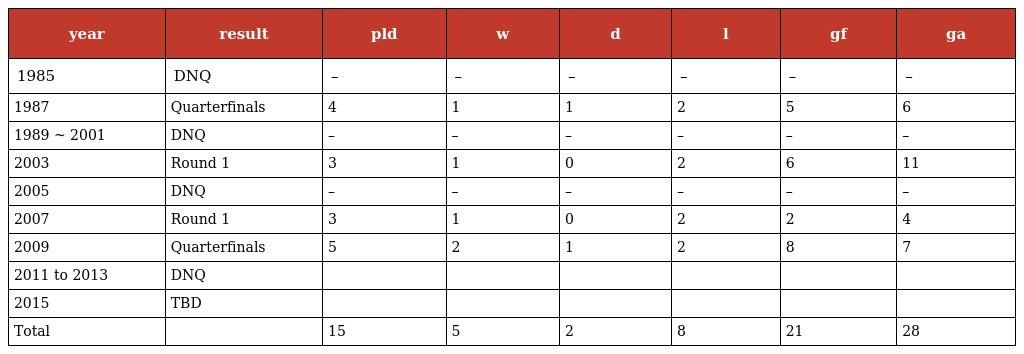
| year | result | pld | w | d | l | gf | ga |
 | --- | --- | --- | --- | --- | --- | --- | --- |
 | 1985 | DNQ | – | – | – | – | – | – |
 | 1987 | Quarterfinals | 4 | 1 | 1 | 2 | 5 | 6 |
 | 1989 ~ 2001 | DNQ | – | – | – | – | – | – |
 | 2003 | Round 1 | 3 | 1 | 0 | 2 | 6 | 11 |
 | 2005 | DNQ | – | – | – | – | – | – |
 | 2007 | Round 1 | 3 | 1 | 0 | 2 | 2 | 4 |
 | 2009 | Quarterfinals | 5 | 2 | 1 | 2 | 8 | 7 |
 | 2011 to 2013 | DNQ |  |  |  |  |  |  |
 | 2015 | TBD |  |  |  |  |  |  |
 | Total |  | 15 | 5 | 2 | 8 | 21 | 28 |